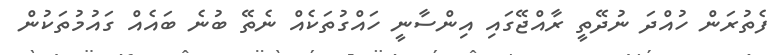
ފެތުރަން ހުއްދަ ނުދޭތީ ރާއްޖޭގައި އިންސާނީ ހައްގުތަކެއް ނެތޭ ބުނެ ބައެއް ގައުމުތަކުން